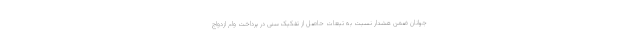
جوانان ضمن هشدار نسبت به تبعات حاصل از تفکیک سنی در پرداخت وام ازدواج